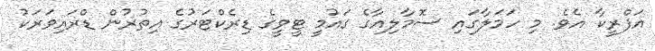
އަފްރީކާ އެވެ. މި ހަމަލާގައި ސޮމާލިއާގެ ގައުމީ ޓީވީގެ ޑިރެކްޓަރުގެ އިތުރުން ޑްރައިވަރަކު